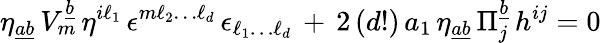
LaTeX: \eta_{\underline{{{ab}}}}\, V_{m}^{\underline{{{b}}}}\, \eta^{i\ell_{1}}\, \epsilon^{m\ell_{2}\dots\ell_{d}}\, \epsilon_{\ell_{1}\dots\ell_{d}}\, +\, 2\, (d!)\, a_{1}\, \eta_{\underline{{{ab}}}}\, \Pi_{j}^{\underline{{{b}}}}\, h^{ij}=0